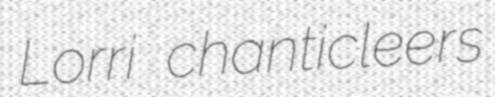
Lorri chanticleers